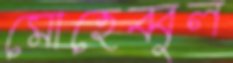
মোহেব্বুল